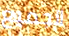
الجميع